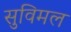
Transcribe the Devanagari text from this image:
सुविमल